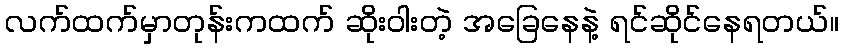
လက်ထက်မှာတုန်းကထက် ဆိုးဝါးတဲ့ အခြေနေနဲ့ ရင်ဆိုင်နေရတယ်။